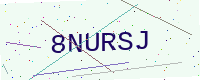
Text: 8NURSJ